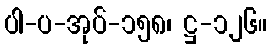
ပါ-ပ-အုပ်-၁၅၈၊ ဋ္ဌ-၁၂၆။